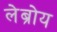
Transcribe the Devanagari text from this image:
लेब्रोय